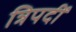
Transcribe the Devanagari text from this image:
त्रिपदीं